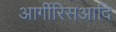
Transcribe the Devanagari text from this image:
आर्गीरिसआदि